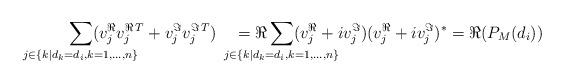
LaTeX: \begin{align*}\sum_{\mathclap{j\in \{k|d_k=d_i,k=1,\ldots,n\}}} (v_j^{\Re}v_j^{\Re\,T}+v_j^{\Im}v_j^{\Im\,T}) ~~~= \Re \sum_{\mathclap{j\in \{k|d_k=d_i,k=1,\ldots,n\}}} (v_j^{\Re}+iv_j^{\Im})(v_j^{\Re}+iv_j^{\Im})^{*}= \Re(P_M(d_i)) \end{align*}